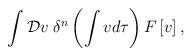
LaTeX: \begin{align*}\int {\cal D}v \; \delta^{n}\left(\int v d\tau \right)F\left[v\right] ,\end{align*}